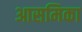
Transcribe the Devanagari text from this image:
आसमिका